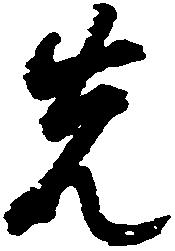
先